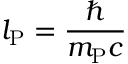
l _ { \mathrm { P } } = { \frac { \hbar } { m _ { \mathrm { P } } c } }